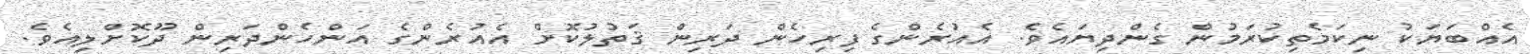
އެއްބަޔަކު ނިކަމެތިކުރަމުން ގެންދިޔައެވެ. އެއުރެންގެ ފިރިހެން ދަރިން ޤަތުލުކޮށް އެއުރެންގެ އަންހެންދަރިން ދޫކޮށްލިއެވެ.